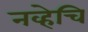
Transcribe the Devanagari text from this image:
नव्हेचि